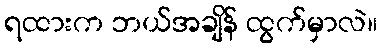
ရထားက ဘယ်အချိန် ထွက်မှာလဲ။